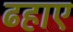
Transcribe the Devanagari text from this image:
ढहाए